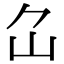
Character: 𡴲